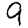
Digit: 9